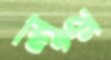
লুকু